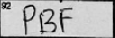
Transcription: PBF